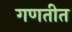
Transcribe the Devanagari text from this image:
गणतीत